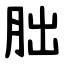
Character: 胐